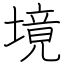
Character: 境